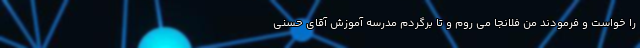
را خواست و فرمودند من فلانجا می روم و تا برگردم مدرسه آموزش آقای حسنی